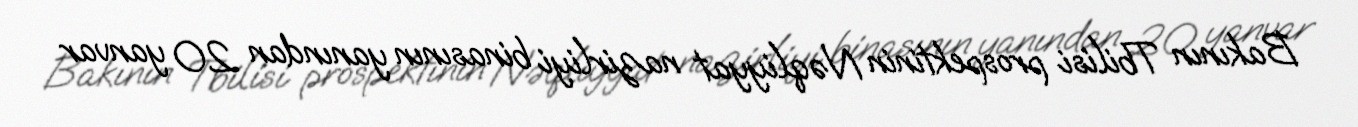
Bakının Tbilisi prospektinin Nəqliyyat nazirliyi binasının yanından 20 yanvar